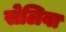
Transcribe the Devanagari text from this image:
सेलिवा